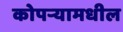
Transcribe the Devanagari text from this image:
कोपर्‍यामधील